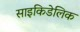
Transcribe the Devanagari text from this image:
साइकिडेलिक